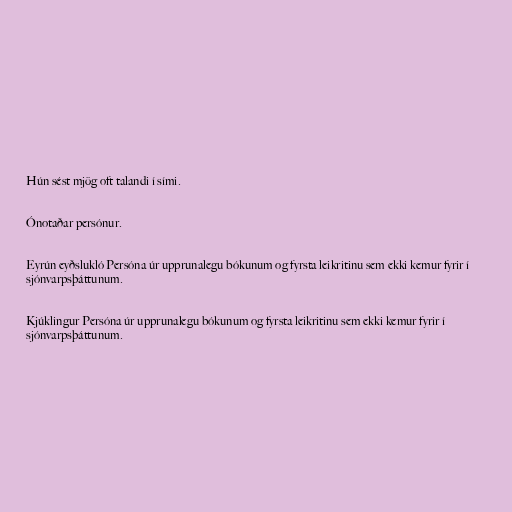
Hún sést mjög oft talandi í sími.

Ónotaðar persónur.

Eyrún eyðslukló Persóna úr upprunalegu bókunum og fyrsta leikritinu sem ekki kemur fyrir í
sjónvarpsþáttunum.

Kjúklingur Persóna úr upprunalegu bókunum og fyrsta leikritinu sem ekki kemur fyrir í
sjónvarpsþáttunum.